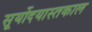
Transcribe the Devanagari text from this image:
सूर्योदयास्तकाल